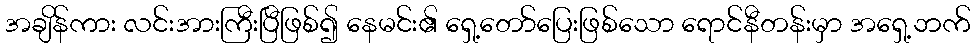
အချိန်ကား လင်းအားကြီးပြီဖြစ်၍ နေမင်း၏ ရှေ့တော်ပြေးဖြစ်သော ရောင်နီတန်းမှာ အရှေ့ဘက်